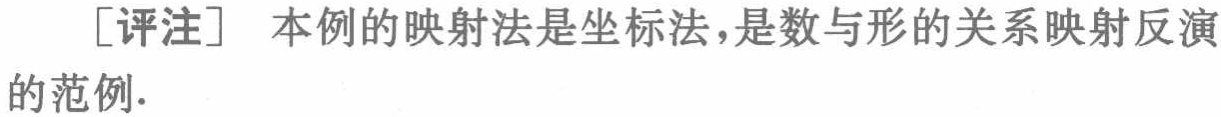
[评注] 本例的映射法是坐标法，是数与形的关系映射反演的范例.